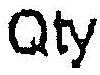
QTY